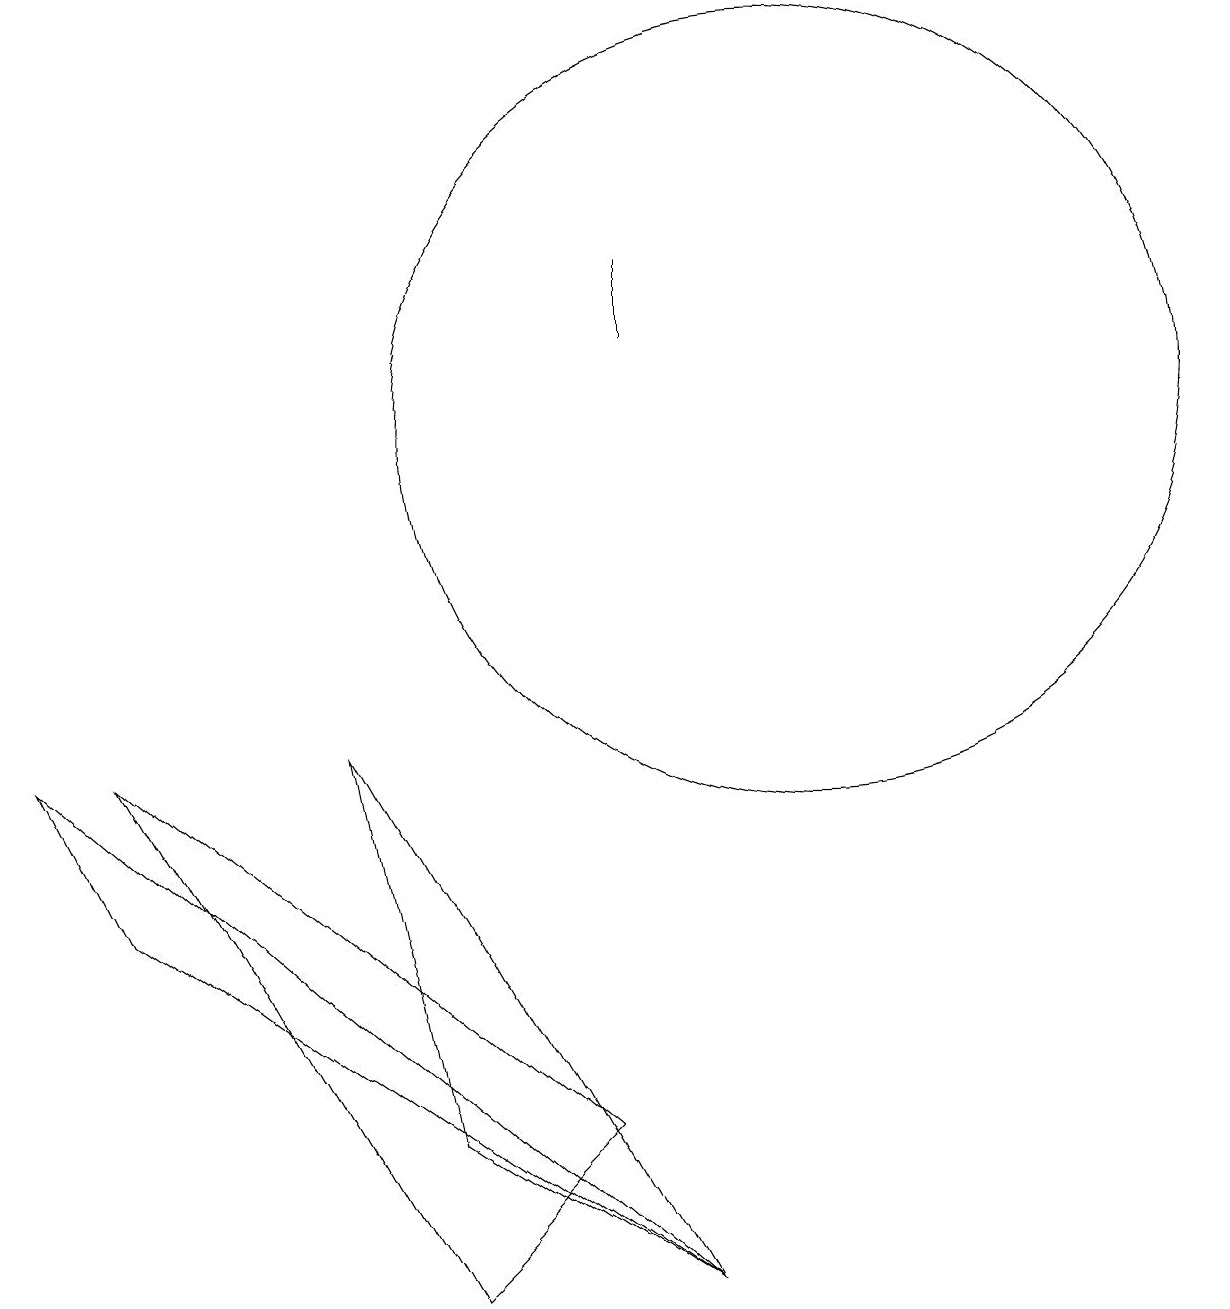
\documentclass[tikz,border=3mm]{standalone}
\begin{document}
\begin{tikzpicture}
\draw (9,12) rectangle (9,13);
\draw (9,0) -- (2,5) -- (1,7) -- cycle;
\draw (5,7) -- (9,0) -- (6,2) -- cycle;
\draw (8,2) -- (6,0) -- (2,7) -- cycle;
\draw (11,11) circle (5);
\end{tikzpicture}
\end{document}